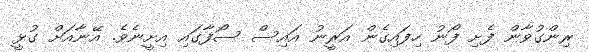
ރިންގުވާން ފެށި ފޯނު ހިފައިގެން އަރީނު އައިސް ސޯފާގައި އިށީނެވެ. އޭނާއަށް ގުޅީ